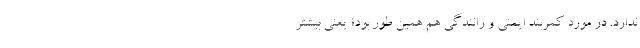
ندارد. در مورد کمربند ایمنی و رانندگی هم همین طور بود؛ یعنی بیشتر